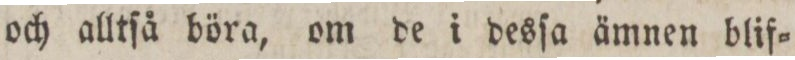
och alltſå böra, om de i desſa ämnen blif=